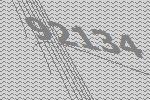
92134